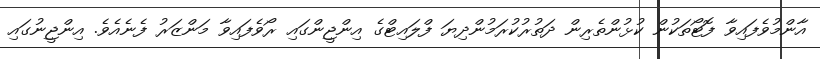
އާންމުވެފައިވާ ފޮޓޯތަކުން ކުޅުންތެރިން ދަތުރުކުރަމުންދިޔަ ފްލައިޓްގެ އިންޖީންގައި ރޯވެފައިވާ މަންޒަރު ފެނެއެވެ. އިންޖީނުގައި